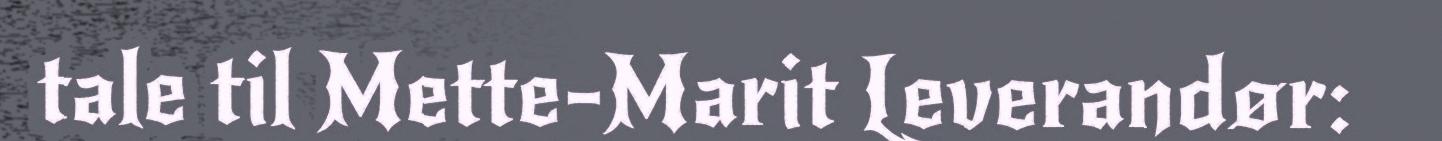
tale til Mette-Marit Leverandør: